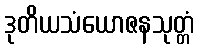
ဒုတိယသံယောဇနသုတ္တံ